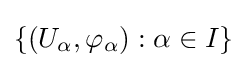
\{(U_{\alpha },\varphi _{\alpha }):\alpha \in I\}